Subject: physics
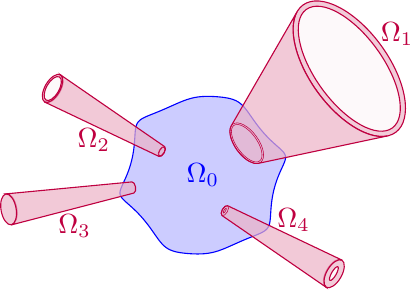
LaTeX code:
\begin{tikzpicture}
  \draw[color=blue, domain=0:360, smooth, variable=\t, samples=200] plot ({cos(\t) + 0.05*sin(5*\t) + 0.03*sin(7*\t)}, {sin(\t) + 0.05*cos(5*\t) + 0.03*cos(7*\t)});
  \fill[color=blue, opacity=.2, domain=0:360, smooth, variable=\t, samples=200] plot ({cos(\t) + 0.05*sin(5*\t) + 0.03*sin(7*\t)}, {sin(\t) + 0.05*cos(5*\t) + 0.03*cos(7*\t)});
  \node[color=blue] at (0,0) {$\Omega_0$};
  \begin{scope}[rotate=36]
    \draw[color=purple, fill=purple, fill opacity=.2] (2.3,0) ellipse(.5 and 1);
    \draw[color=purple, fill=white, fill opacity=.9] (2.3,0) ellipse(.43 and .93);
    \filldraw[color=purple, fill={purple!30!white}, fill opacity=.7]
    (2.1913043478260867, 0.9760845356801586)
    -- (0.657391304347826, 0.2928253607040476)
    arc (102.55585779858599:257.444142201414:.15 and .3)
    -- (2.1913043478260867, -0.9760845356801586)
    arc (257.444142201414:102.55585779858599:.5 and 1);
    \draw[color=purple, very thin] (.69,0) ellipse(.15 and .3);
    \draw[color=purple, very thin] (.69,0) ellipse(.129 and .279);
    \node[color=purple] at (3.05,0) {$\Omega_1$};
  \end{scope}
  \begin{scope}[rotate=150, shift={(-.3,0)}]
    \draw[color=purple, fill=purple, fill opacity=.2] (2.5,0) ellipse(.1 and .2);
    \draw[color=purple, fill=white, fill opacity=.9] (2.5,0) ellipse(.08 and .17);
    \filldraw[color=purple, fill={purple!30!white}, fill opacity=.7]
    (2.504, 0.19983993594874874)
    -- (0.90144, 0.07194237694154955)
    arc (92.29244277595589:267.7075572240441:.036 and .072)
    -- (2.504, -0.19983993594874874)
    arc (267.7075572240441:92.29244277595589:.1 and .2);
    \draw[color=purple, very thin] (.9,0) ellipse(.036 and .072);
    \draw[color=purple, very thin] (.9,0) ellipse(.0288 and .0612);
    \node[color=purple] at (10:1.75) {$\Omega_2$};
  \end{scope}
  \begin{scope}[rotate=190]
    \draw[color=purple, fill=purple, fill opacity=.2] (2.5,0) ellipse(.1 and .2);
    \filldraw[color=purple, fill={purple!30!white}, fill opacity=.7]
    (2.504, 0.19983993594874874)
    -- (0.90144, 0.07194237694154955)
    arc (92.29244277595589:267.7075572240441:.036 and .072)
    -- (2.504, -0.19983993594874874)
    arc (267.7075572240441:92.29244277595589:.1 and .2);
    \node[color=purple] at (11.5:1.75) {$\Omega_3$};
  \end{scope}
  \begin{scope}[shift={(-.5,0)}, rotate=330]
    \draw[color=purple, fill=purple, fill opacity=.2] (2.5,0) ellipse(.1 and .2);
    \draw[color=purple, fill=white, fill opacity=.9] (2.5,0) ellipse(.03 and .1);
    \filldraw[color=purple, fill={purple!30!white}, fill opacity=.7]
    (2.504, 0.19983993594874874)
    -- (0.90144, 0.07194237694154955)
    arc (92.29244277595589:267.7075572240441:.036 and .072)
    -- (2.504, -0.19983993594874874)
    arc (267.7075572240441:92.29244277595589:.1 and .2);
    \draw[color=purple, very thin] (.9,0) ellipse(.036 and .072);
    \draw[color=purple, very thin] (.9,0) ellipse(.0108 and .036);
    \node[color=purple] at (11:1.75) {$\Omega_4$};
  \end{scope}
\end{tikzpicture}